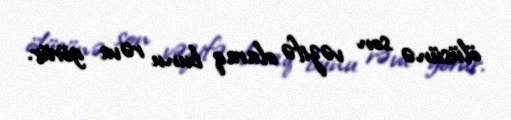
ölüsünə son vəzifə olaraq bunu rəva görür.